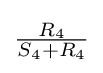
{\tfrac {R_{4}}{S_{4}+R_{4}}}